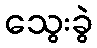
သွေးခွဲ